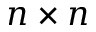
n \times n